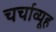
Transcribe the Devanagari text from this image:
चर्चाव्यूह